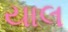
યાલ